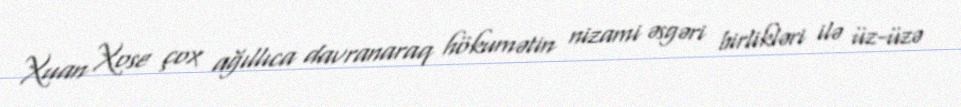
Xuan Xose çox ağıllıca davranaraq hökumətin nizami əsgəri birlikləri ilə üz-üzə